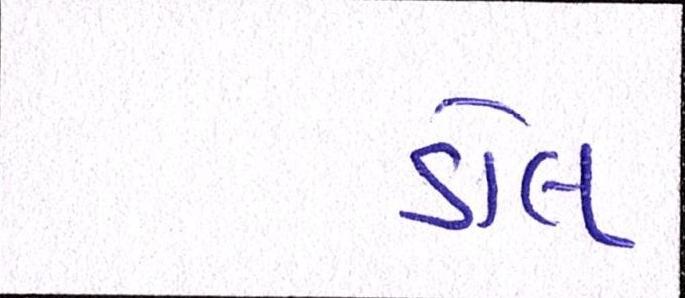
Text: ડોલ